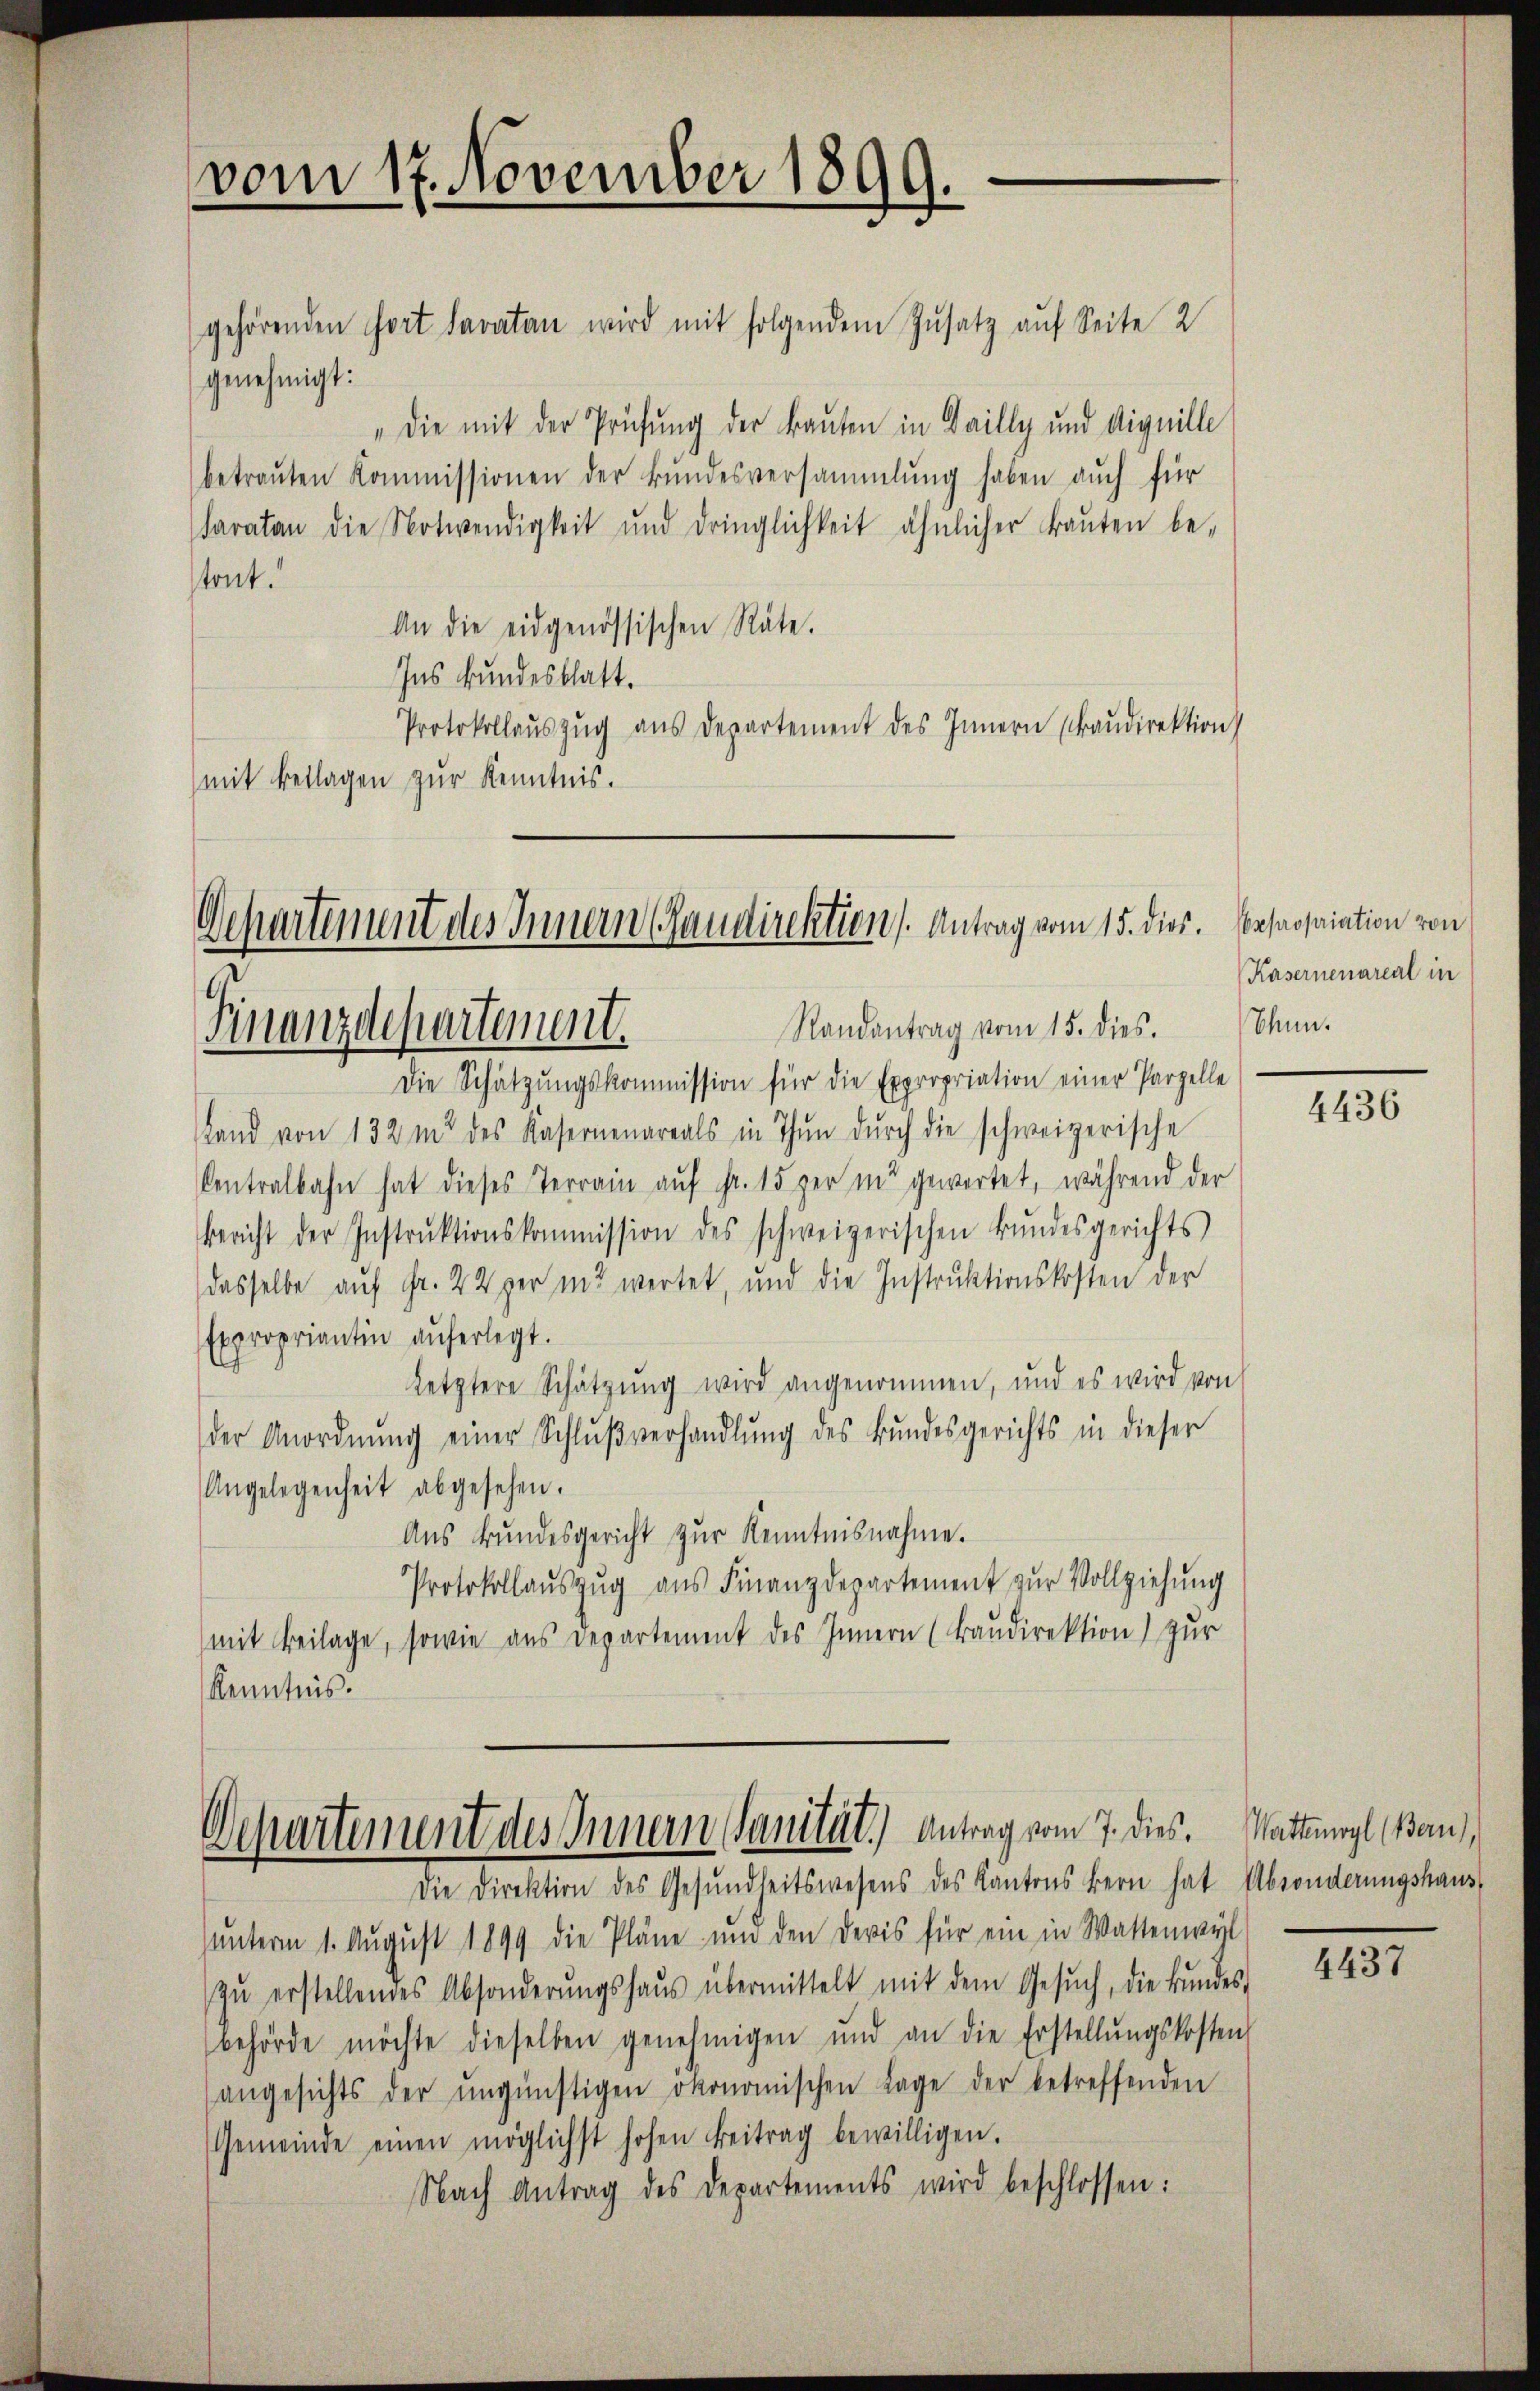
vom 17. November 1899.

Departement des Innern Candirektions Antrag vom 15. dies.
Randantrag vom 15. dies. Thun.
Finanzdepartement.

gehörenden Fort Lavatan wird mit folgendem Zusatz auf Seite 2
genehmigt:
"Die mit der Prüfung der Bauten in Gailly und Aignille
betrauten Kommissionen der Bundesversammlung haben auch für
daratan die Notwendigkeit und dringlichkeit ähnlicher Baŭten be-
tont.
An die eidgenössischen Räte.
Ins Bundesblatt.
Protokollauszug aus Departement des Innern (Fraudirektion
mit Beilagen zur Kenntnis.

Die Schätzungskommission für die Expropriation einer Parzelle
Land von 132 m des Kasernenareals in Thun dŭrch die schweizerische
Centralbahn hat dieses Terrain aŭf Fr. 15 per in gewartet, während der
Bericht der Instrŭktionskommission des schweizerischen Bŭndesgerichts
dasselbe auf Fr. 22 per in wertet, und die Instruktionskosten der
Expropriantin aŭferlegt.
letztere Schätzung wird angenommen, und es wird von
der Anordnŭng einer Schlŭβverhandlŭng des Bundesgerichts in dieser
Angelegenheit abgesehen.
Aus Bundesgericht zur Kenntnisnahme.
Protokollaŭszŭg ans Finanzdepartement zur Vollziehung
(mit Beilage, sowie aus Departement des Innern (Baŭdirektion) zur
Kenntnis.

Departement des Innern Sanität. Antrag vom 7. dies
Die Direktion des Gesŭndheitswesens des Kantons Bern hat Absonderungshaus,

xpropriation von
Kasernenareal in

ŭnterm 1. Aŭgŭst 1899 die Pläne und den Devis für ein in Wattenwyl
zŭ erstellendes Absonderŭngshaŭs übermittelt mit dem Gesŭch, die Bŭndes,
behörde möchte dieselben genehmigen und an die Erstellŭngskosten
angesichts der ŭngünstigen ökonomischen Lage der betreffenden
Gemeinde einen möglichst hohen Beitrag bewilligen.
Nach Antrag des Departements wird beschlossen:

4436

Wattenwyl (Bern),

4437